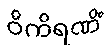
ဝိကိရဏိံ